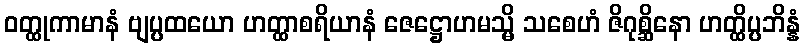
ဝတ္ထုကာမာနံ ဗျပ္ပထယော ဟတ္ထာစရိယာနံ ဇေဋ္ဌောဟမသ္မိ သစေဟံ ဇိဂုစ္ဆိနော ဟတ္ထိပ္ပဘိန္နံ